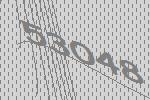
53048